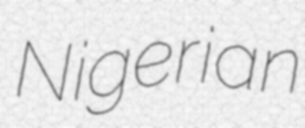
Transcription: Nigerian